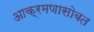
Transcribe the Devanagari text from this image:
आक्रमणासोबत